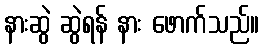
နားဆွဲ ဆွဲရန် နား ဖောက်သည်။